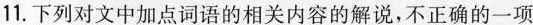
11.下列对文中加点词语的相关内容的解说，不正确的一项